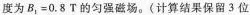
度为B，=0.8T的匀强磁场。(计算结果保留3位